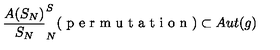
\frac { A ( S _ { N } ) } { S _ { N } } \sp S _ { N } ( \textup { p e r m u t a t i o n } ) \subset A u t ( g )